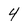
Character: 4